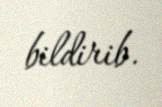
bildirib.